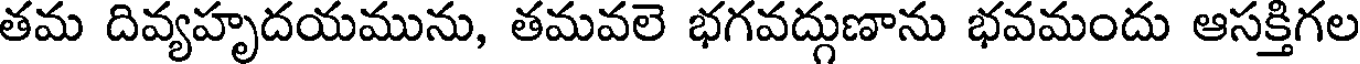
తమ దివ్యహృదయమును, తమవలె భగవద్గుణాను భవమందు ఆసక్తిగల